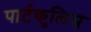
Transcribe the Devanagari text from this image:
पार्टकुलिस